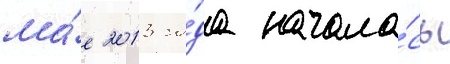
ма́е 2013 го́да начала́сь